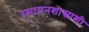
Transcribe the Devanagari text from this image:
रसायनशास्त्राशी